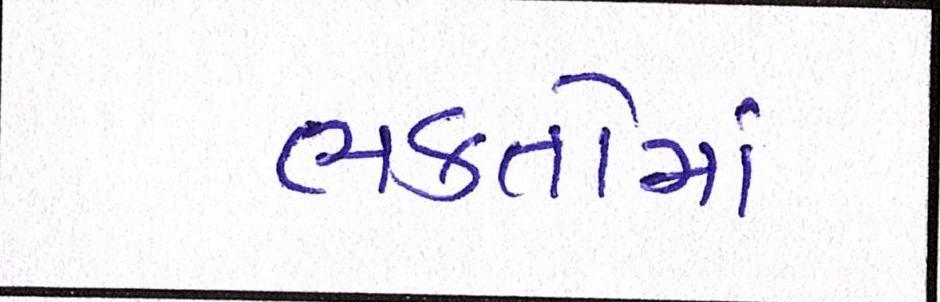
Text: ભકતોમાં